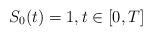
LaTeX: \begin{align*} S_0(t)=1, t\in[0, T]\end{align*}